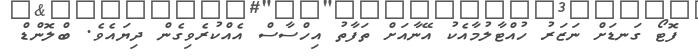
ފޮޓޯ ގަނޑަށް ނަޒަރު ހުއްޓާލުމާއެކު އޭނާއަށް ތަފާތު އިހްސާސް އެއްކުރެވިގެން ދިޔައެވެ. ބްލޮންޑް